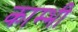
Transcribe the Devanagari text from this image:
काम्भी